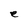
Character: e